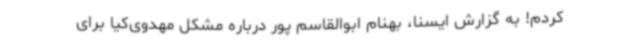
کردم! به گزارش ایسنا، بهنام ابوالقاسم پور درباره مشکل مهدوی‌کیا برای